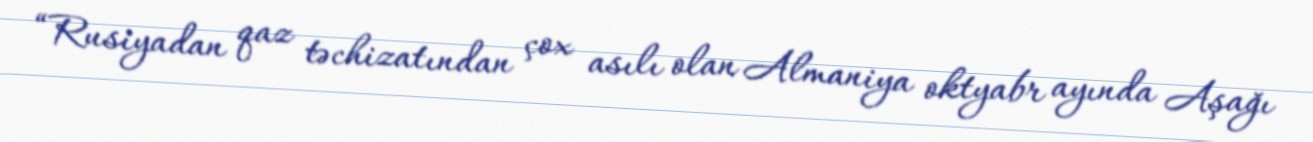
“Rusiyadan qaz təchizatından çox asılı olan Almaniya oktyabr ayında Aşağı